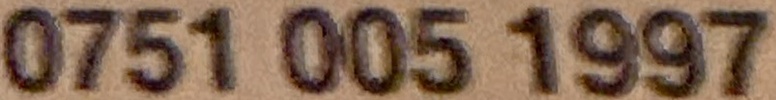
0751 005 1997